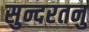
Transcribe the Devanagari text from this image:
सुन्दरतनु